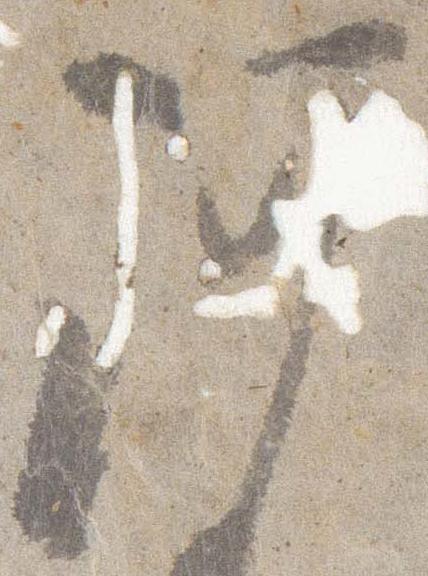
謹